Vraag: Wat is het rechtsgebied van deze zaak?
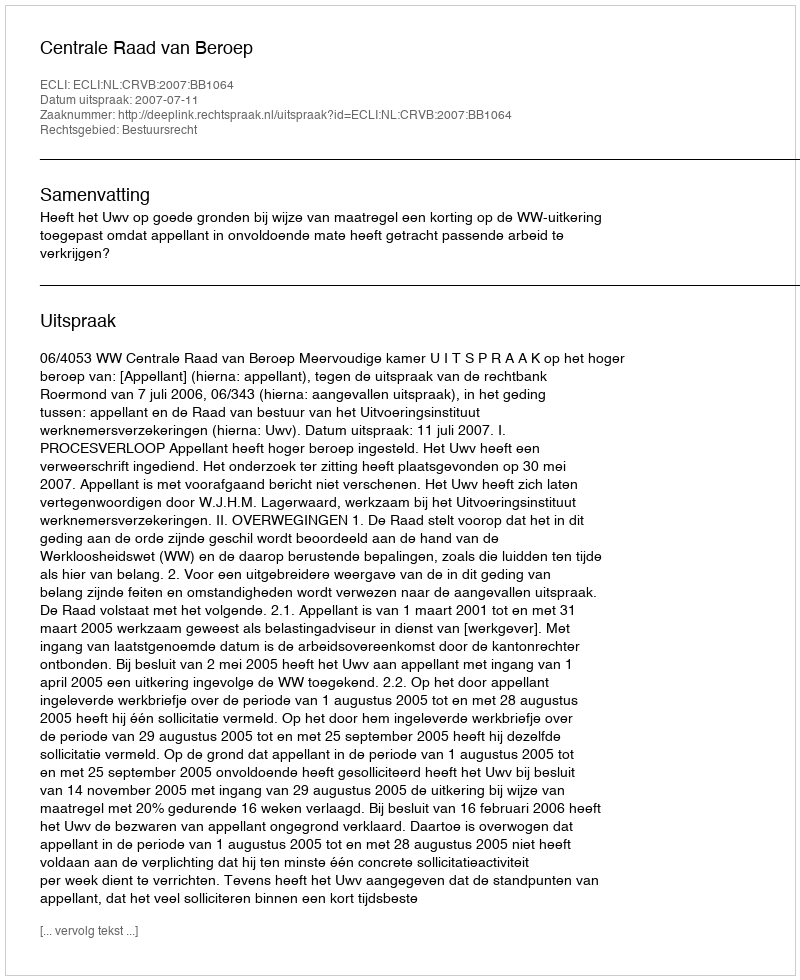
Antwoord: Bestuursrecht